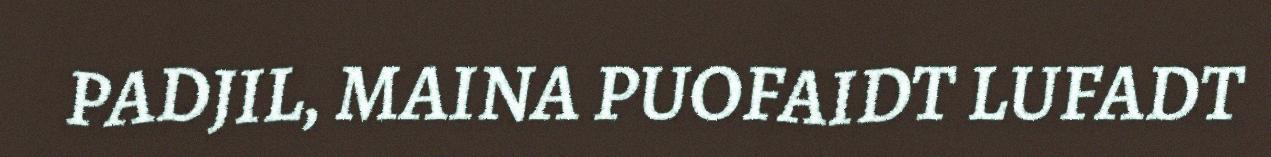
PADJIL, MAINA PUOFAIDT LUFADT